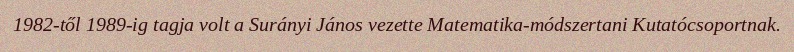
1982-től 1989-ig tagja volt a Surányi János vezette Matematika-módszertani Kutatócsoportnak.